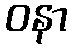
ဝနာ